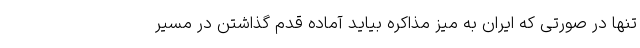
تنها در صورتی که ایران به میز مذاکره بیاید آماده قدم گذاشتن در مسیر